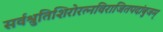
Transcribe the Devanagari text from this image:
सर्वश्रुतिशिरोरत्नविराजितपदांबुजम्